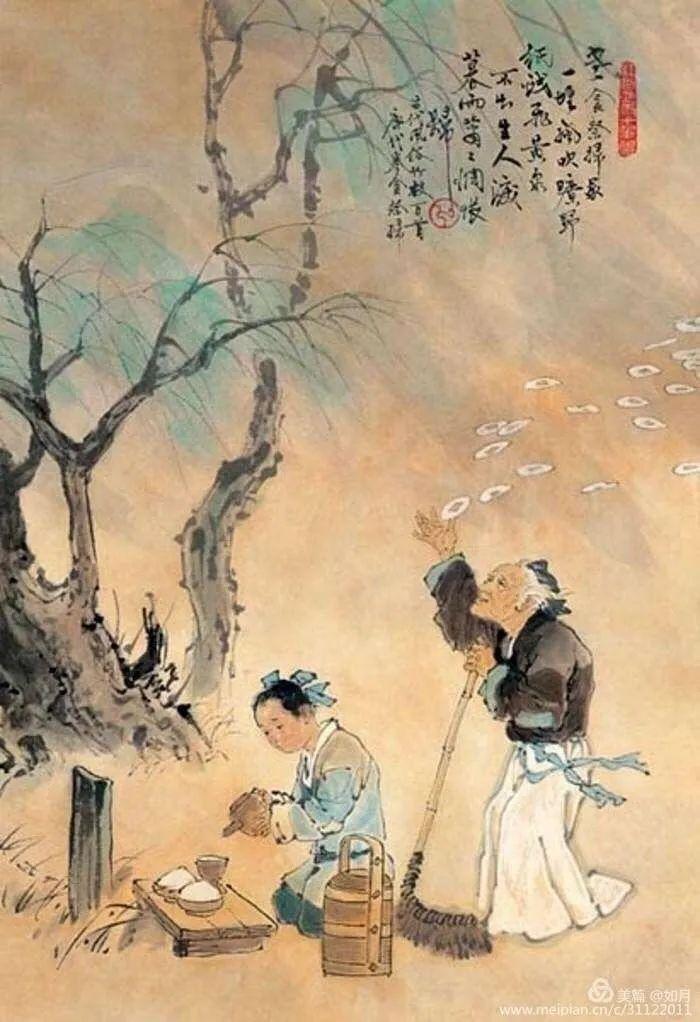
野棠花落，又匆匆过了，清明时节。